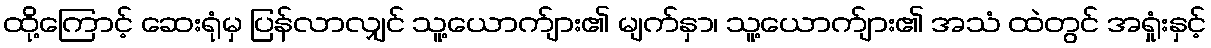
ထို့ကြောင့် ဆေးရုံမှ ပြန်လာလျှင် သူ့ယောက်ျား၏ မျက်နှာ၊ သူ့ယောက်ျား၏ အသံ ထဲတွင် အရှုံးနှင့်